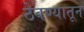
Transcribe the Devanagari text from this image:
ठेवण्यातून